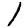
Digit: 1